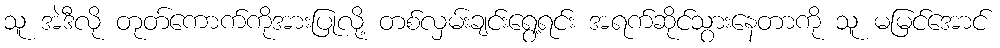
သူ အဲဒီလို တုတ်ကောက်ကိုအားပြုလို့ တစ်လှမ်းချင်းရွေ့ရင်း အရက်ဆိုင်သွားနေတာကို သူ မမြင်အောင်